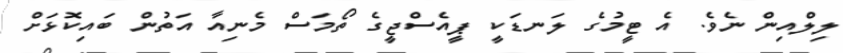
ލިލްއިން ނެވެ. އެ ޓީމުގެ ލަނޑަކީ ޕީއެސްޖީގެ ތޯމަސް މެނިއާ އަތުން ބައިކޮޅަށް